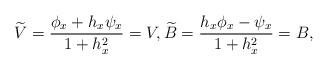
LaTeX: \begin{align*}\widetilde{V}=\frac{\phi_x+h_x\psi_x}{1+h_x^2}=V,\widetilde{B}=\frac{h_x\phi_x-\psi_x}{1+h_x^2}=B,\end{align*}